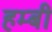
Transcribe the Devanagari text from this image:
हम्बी